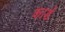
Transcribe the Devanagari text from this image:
कार्ड